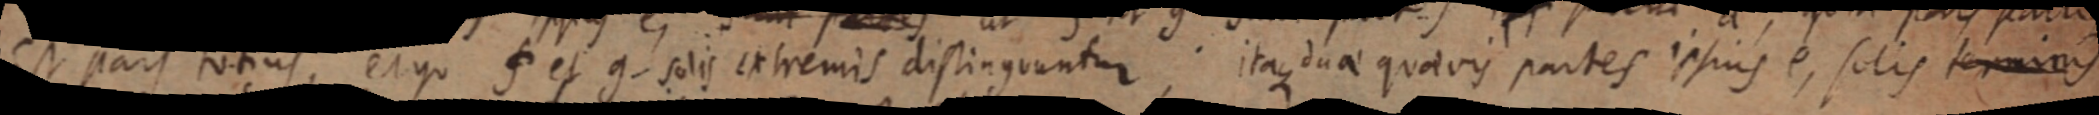
est pars totius ergo f et g. solis extremis distinguuntur itaque duae quaevis partes ipsius e, solis terminus